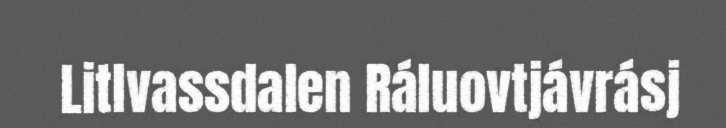
Litlvassdalen Ráluovtjávrásj